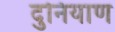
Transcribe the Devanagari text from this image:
दुनियाण